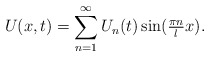
\begin{align*} U(x, t) = \sum_{n = 1}^{\infty} U_{n}(t) \sin(\tfrac{\pi n}{l} x). \end{align*}